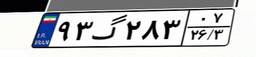
۶۳گ۹۷۲۴۷